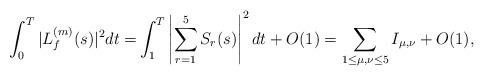
LaTeX: \begin{align*}\int_0^T|L_f^{(m)}(s)|^2dt=&\int_1^T\left|\sum_{r=1}^5S_r(s)\right|^2dt+O(1) =\sum_{1\leq\mu,\nu\leq 5}I_{\mu,\nu}+O(1), \end{align*}